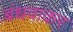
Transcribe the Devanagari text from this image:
बंधवाकर